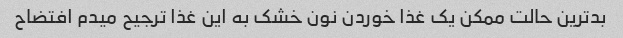
بدترین حالت ممکن یک غذا خوردن نون خشک به این غذا ترجیح میدم افتضاح